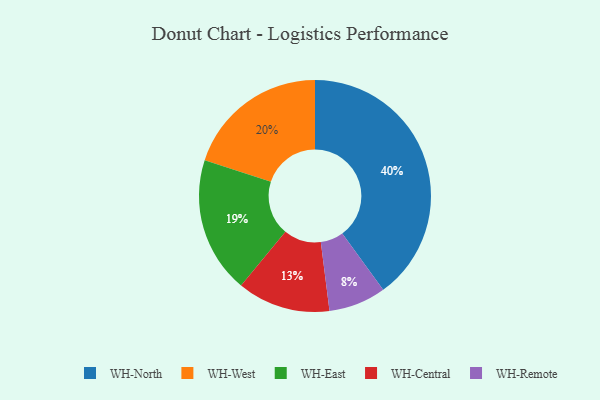
{"axis": {"x": "Category", "y": "Percentage"}, "legend": ["WH-Central", "WH-East", "WH-North", "WH-Remote", "WH-West"], "data": [{"x": "WH-Central", "y": 13, "type": "WH-Central"}, {"x": "WH-North", "y": 40, "type": "WH-North"}, {"x": "WH-Remote", "y": 8, "type": "WH-Remote"}, {"x": "WH-West", "y": 20, "type": "WH-West"}, {"x": "WH-East", "y": 19, "type": "WH-East"}]}